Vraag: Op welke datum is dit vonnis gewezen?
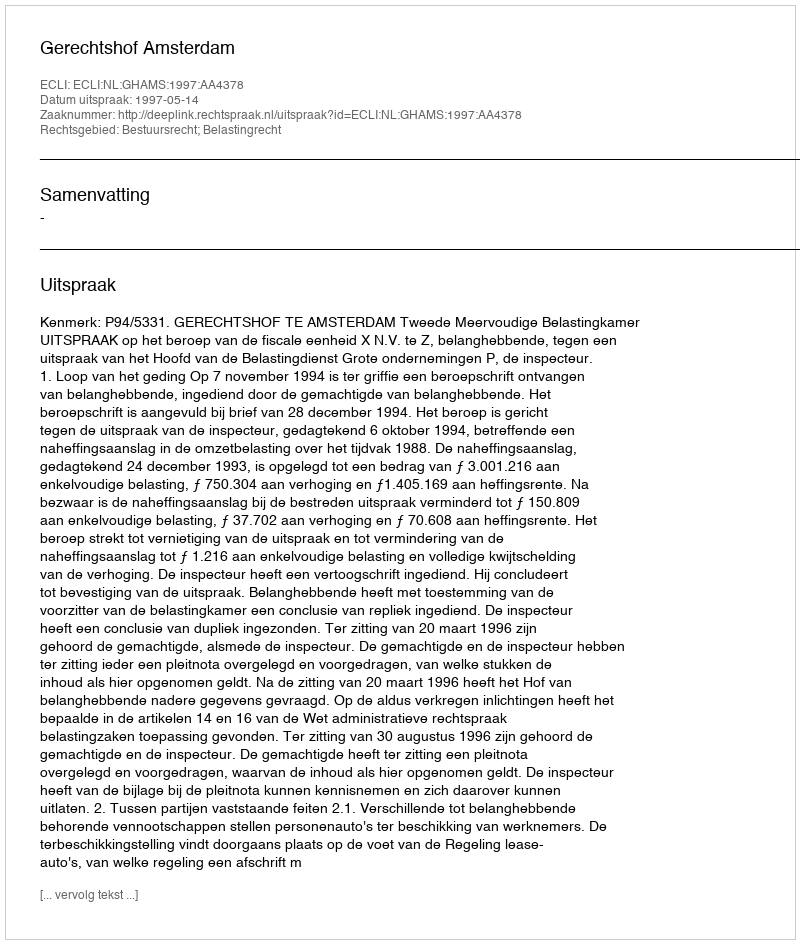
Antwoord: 1997-05-14